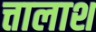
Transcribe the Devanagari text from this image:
त्तालाश